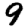
Digit: 9